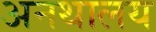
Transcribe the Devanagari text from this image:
अनथालय